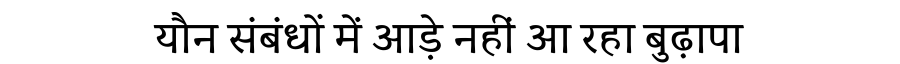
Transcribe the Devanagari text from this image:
यौन संबंधों में आड़े नहीं आ रहा बुढ़ापा